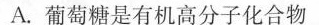
A.葡萄糖是有机高分子化合物